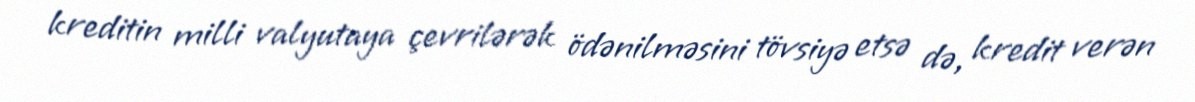
kreditin milli valyutaya çevrilərək ödənilməsini tövsiyə etsə də, kredit verən